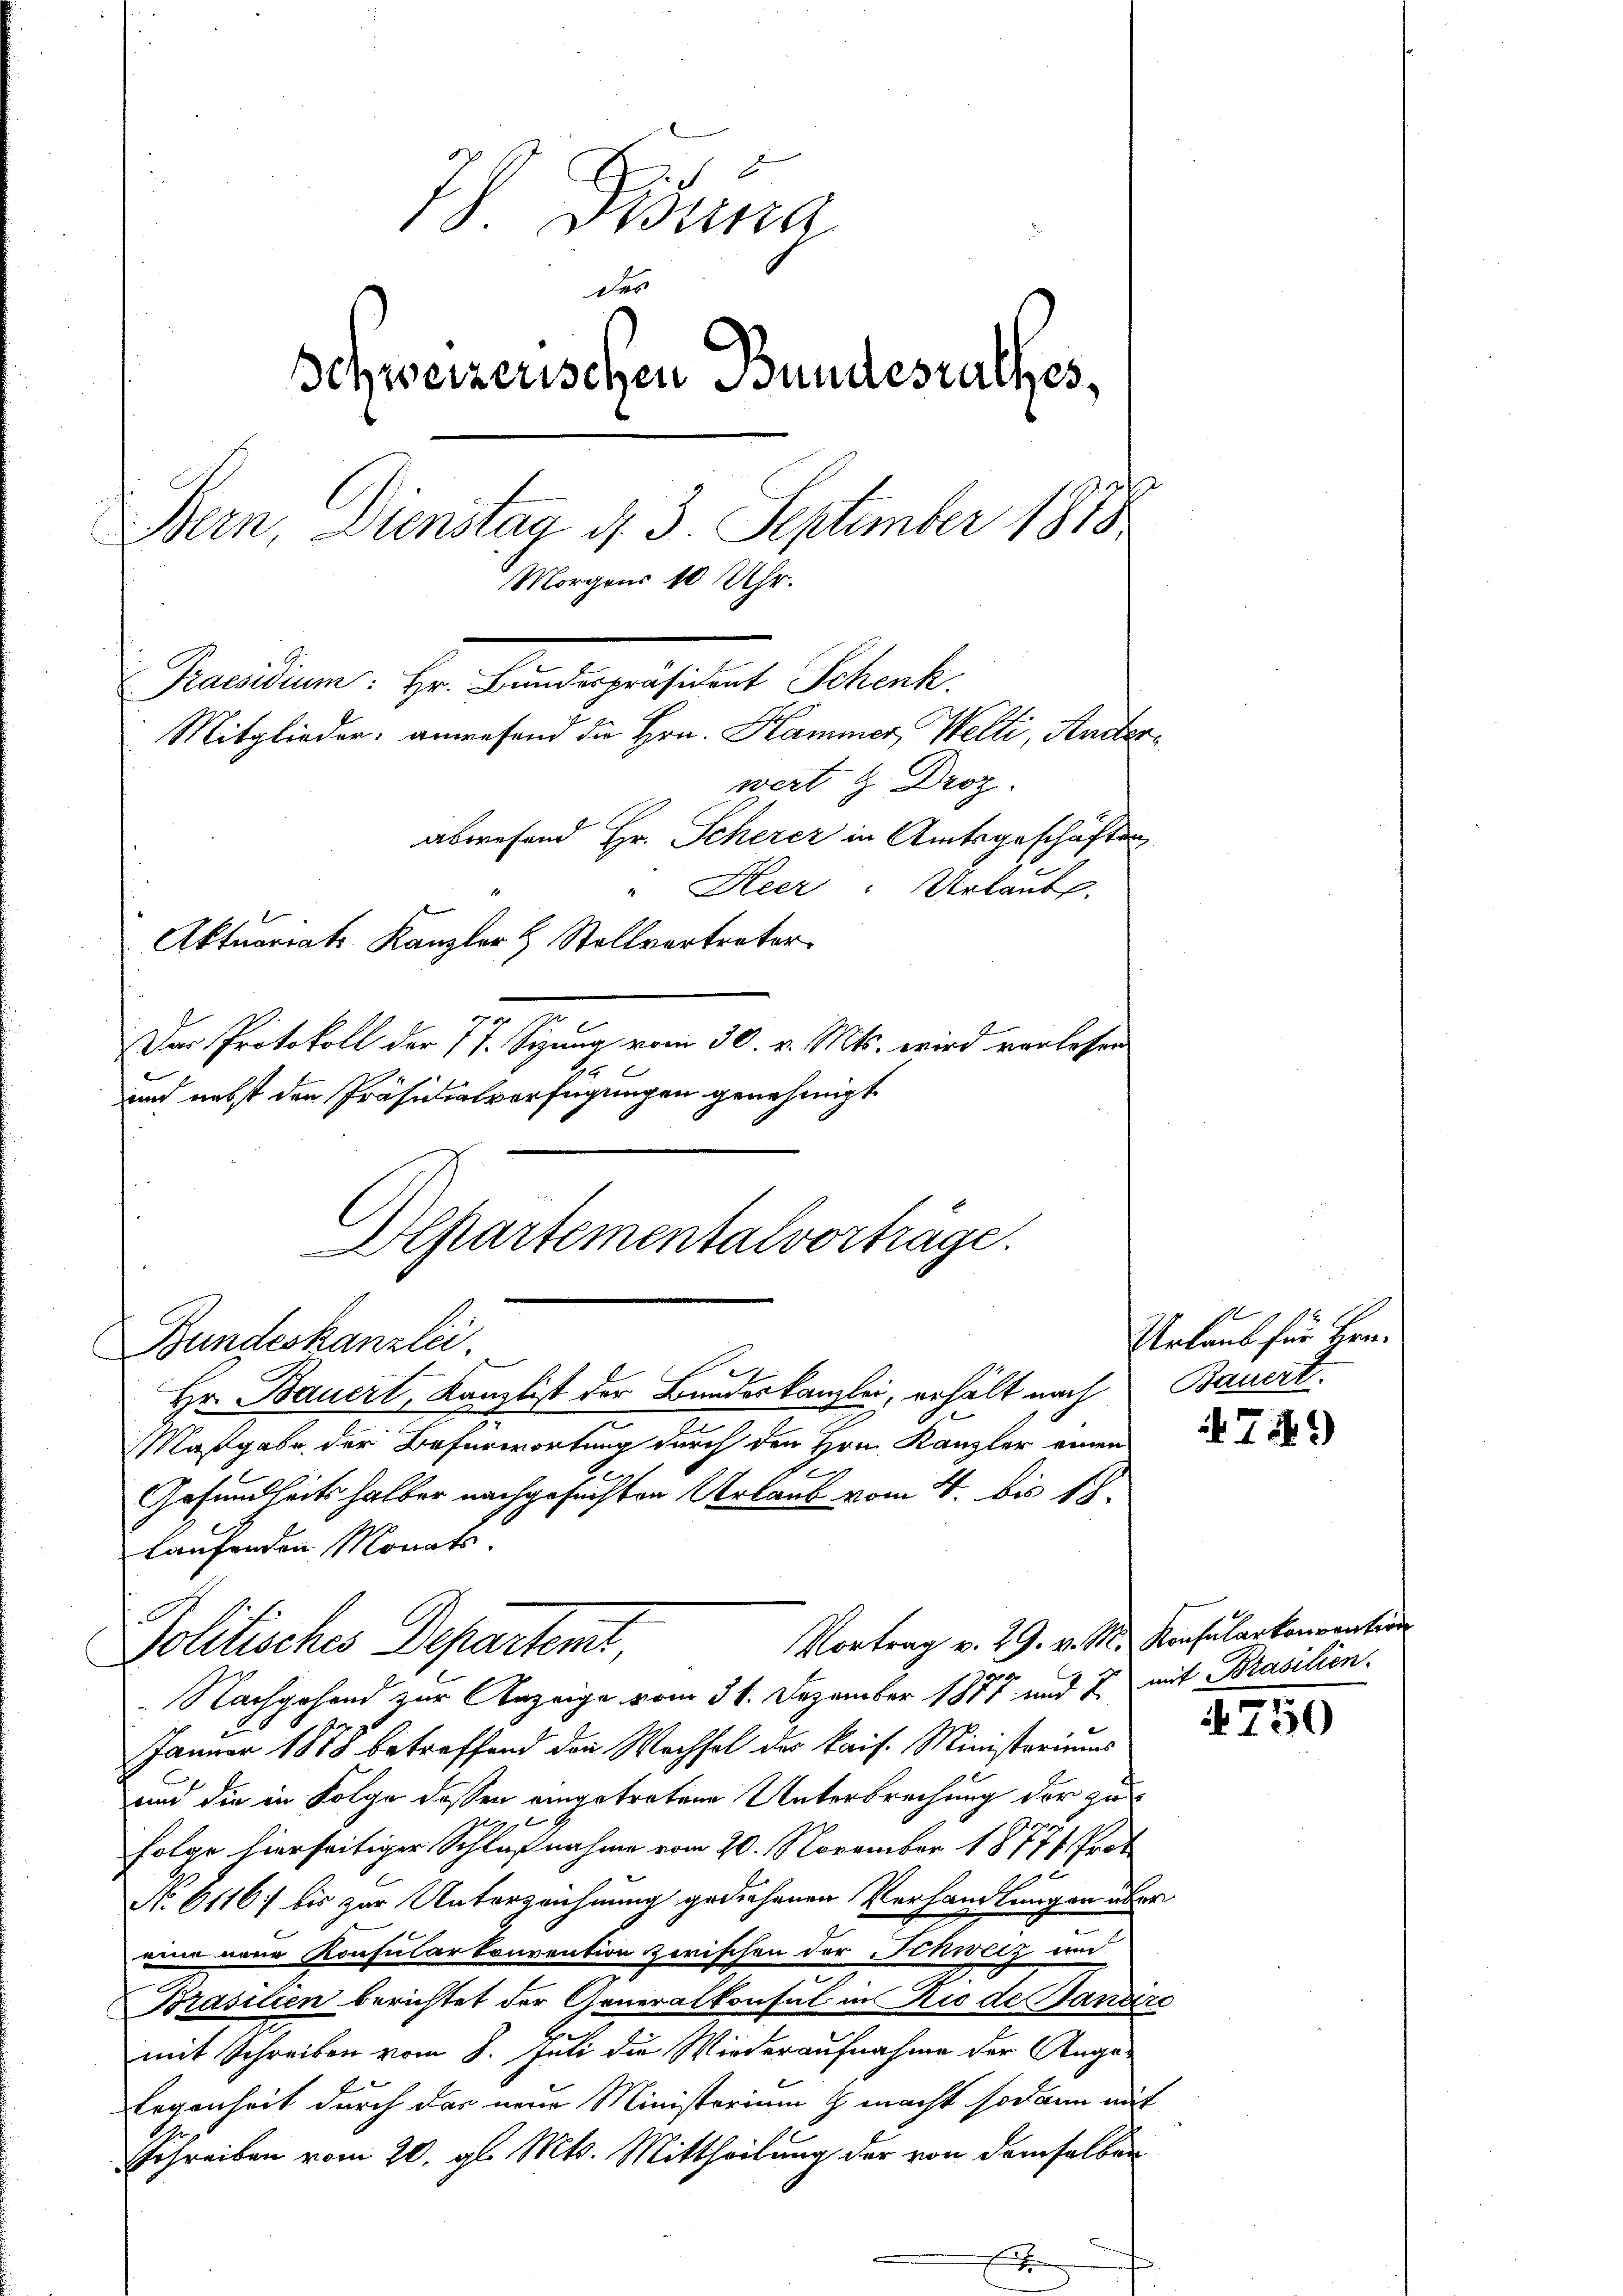
7) Donna
des
Schweizerischen Bundesrathes,
Bern, Dienstag d. 3. September 1873.
Morgens 10 Uhr.
Praesidium: Hr. Bundespräsident Schenk
Mitglieder: anwesend die Hrn. Kammer Welti, Ansterwert 3 Droz.
abwesend Hr. Scherer in Amtsgeschäften
" Heer : Urlaubt.
Aktuariats Kanzler & Stellvertreter
Das Protokoll der 77. Sizung vom 30. v. Mts. wird verlesen
und nebst den Präsidialverfügungen genehmigt.

Maßgabe der Befürwortung durch den Hrn. Kanzler einen
Gesundheits halber nachgesuchten Urlaub vom 4. bis 18.
laufenden Monats
Vortrag v. 29. v. M. Konsularkonvention
Politisches Departent
n
 Nachgehend zur Anzeige vom 31. Dezember 1811 und 2 mit Brasilien
Januar 1878 betreffend den Wechsel der kais. Ministeriums
und die in Folge dessen eingetretene Unterbrechung der zu
Folge hierseitiger Schlußnahme vom 20. November 18771 Prot
No 61167 bis zur Unterzeichnung gediehenen Verhandlungen über
eine neue Konsularkonvention zwischen der Schweiz a
Brasilien berichtet der Generalkonsul in Rio de Candire
mit Schreiben vom 8. Juli die Wiederaufnahme der Ange¬
Regenheit durch das neue Ministerium & macht sodann mit
Schreiben vom 20. gl. Mts. Mittheilung der von demselben

Aepartementalvorträge.
Bundeskanzlei
Hr. Bauert, Kanzlist der Bundeskanzlei, erhält nach Bauert

Urlaub für Hrn.

4750